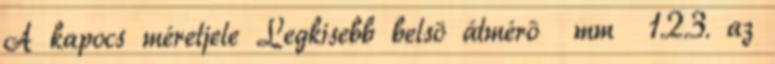
A kapocs méretjele Legkisebb belsõ átmérõ mm 1.2.3. az